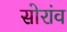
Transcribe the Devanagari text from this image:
सोरांव